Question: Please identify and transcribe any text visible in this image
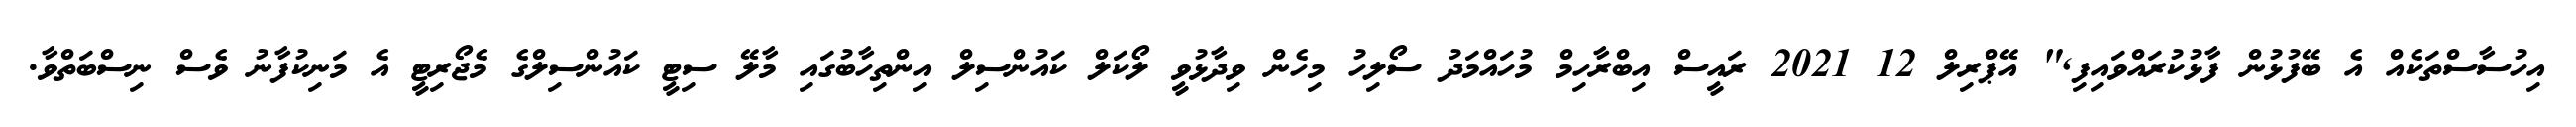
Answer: އިހުސާސްތަކެއް އެ ބޭފުޅުން ފާޅުކުރައްވައިފި," އޭޕްރިލް 12 2021 ރައީސް އިބްރާހިމް މުހައްމަދު ސޯލިހު މިހެން ވިދާޅުވީ ލޯކަލް ކައުންސިލް އިންތިހާބުގައި މާލޭ ސިޓީ ކައުންސިލްގެ މެޖޯރިޓީ އެ މަނިކުފާނު ވެސް ނިސްބަތްވާ.